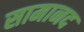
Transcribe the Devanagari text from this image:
सामानद